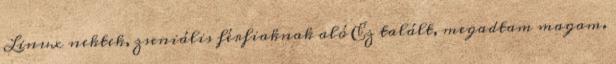
Linux nektek, zseniális férfiaknak aló Ez talált, megadtam magam.